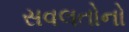
સવલતોનો